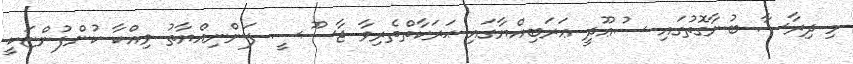
މި ދިރާސާ ބުނާގޮތުގައި ސުޢޫދީ ޢަރަބިއްޔާގައި ޙަރަކާތްތެރިވާ ޖާސޫސީ ފަންނިއްޔާތު ވިއްކާ ކުންފުންޏަކީ